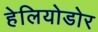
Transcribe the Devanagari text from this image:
हेलियोडोर